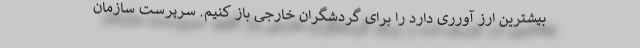
بیشترین ارز آورری دارد را برای گردشگران خارجی باز کنیم. سرپرست سازمان